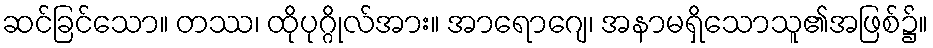
ဆင်ခြင်သော။ တဿ၊ ထိုပုဂ္ဂိုလ်အား။ အာရောဂျေ၊ အနာမရှိသောသူ၏အဖြစ်၌။